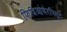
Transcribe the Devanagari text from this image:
फिजिओथेरपिस्ट